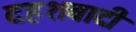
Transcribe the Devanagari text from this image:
दहशवादी